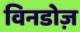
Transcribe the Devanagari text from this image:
विनडोज़